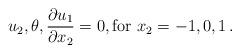
LaTeX: \begin{align*}u_2,\theta,\frac{\partial u_1}{\partial x_2}=0,\textrm{for }x_2=-1,0,1\,.\end{align*}